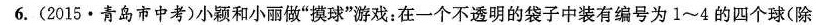
6.(2015·青岛市中考)小颖和小丽做”摸球”游戏：在一个不透明的袋子中装有编号为1\sim 4的四个球(除